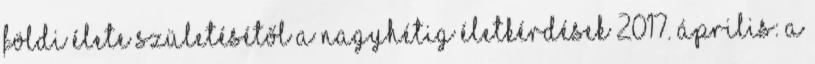
földi élete születésétől a Nagyhétig Életkérdések 2017. április: A